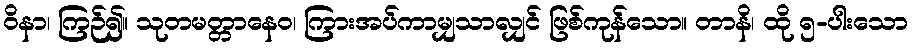
ဝိနာ၊ ကြဉ်၍။ သုတမတ္တာနေဝ၊ ကြားအပ်ကာမျှသာလျှင် ဖြစ်ကုန်သော။ တာနိ၊ ထို ၅-ပါးသော